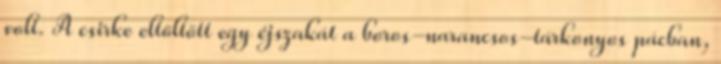
volt. A csirke eltöltött egy éjszakát a boros-narancsos-tárkonyos pácban,